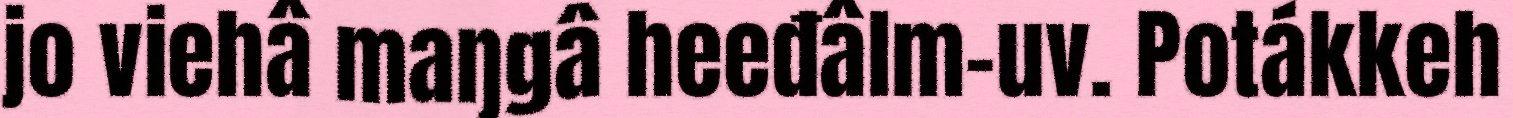
jo viehâ maŋgâ heeđâlm-uv. Potákkeh